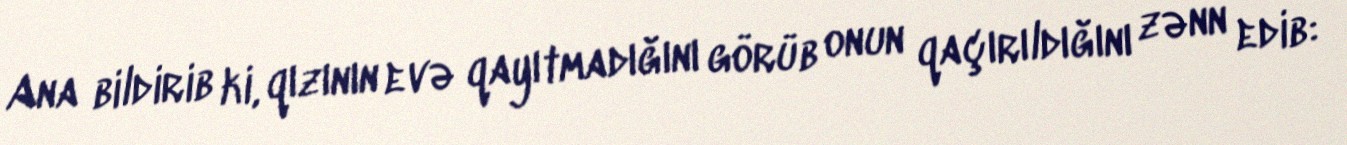
Ana bildirib ki, qızının evə qayıtmadığını görüb onun qaçırıldığını zənn edib: